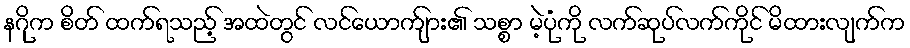
နဂိုက စိတ် ထက်ရသည့် အထဲတွင် လင်ယောက်ျား၏ သစ္စာ မဲ့ပုံကို လက်ဆုပ်လက်ကိုင် မိထားလျက်က